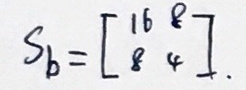
$S _ { b } = [ \begin{array} { l l } { 1 6 } & { 8 } \\ { 8 } & { 4 } \end{array} ].$